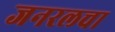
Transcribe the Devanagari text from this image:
जनरलचा